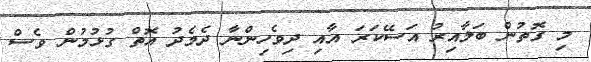
މި ގޮތުން ބަލާއިރު އަސޭކަރަ އާއި ދިވެހިންނާ ދެމެދު އޮތް ގުޅުމުން ވެސް